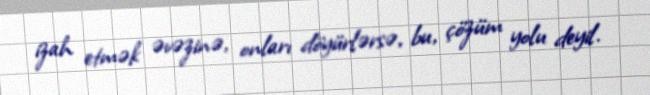
izah etmək əvəzinə, onları döyürlərsə, bu, çözüm yolu deyil.